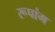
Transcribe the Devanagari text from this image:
रूपांग